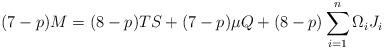
LaTeX: \begin{align*}(7-p) M = (8-p) TS + (7-p) \mu Q + (8-p) \sum_{i=1}^n \Omega_iJ_i\end{align*}